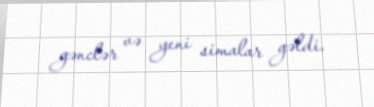
gənclər və yeni simalar gəldi.